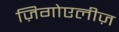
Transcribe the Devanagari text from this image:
ज़िगोएलीज़